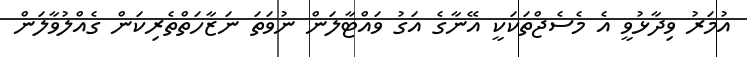
އުމަރު ވިދާޅުވީ އެ މެސެޖްތަކަކީ އޭނާގެ އަގު ވައްޓާލަން ނުވަތަ ނަޒާހަތްތެރިކަން ގެއްލުވާލަން